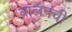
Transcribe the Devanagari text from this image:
बालनची